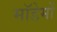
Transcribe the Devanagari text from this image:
मॉडेमों